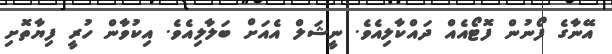
އޭނާގެ ފޯނުން ފޮޓޯއެއް ދައްކާލިއެވެ. ނީޝަލް އެއަށް ބަލާލިއެވެ. އިކުވާން ހުރީ ފިޔާތޮށި